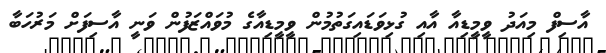
އާސިފް މިއަދު ވީމީޑިއާ އާއި ގުޅިވަޑައިގަތުމުން ވީމީޑިއާގެ މުވައްޒަފުން ވަނީ އާސިފަށް މަރުހަބާ